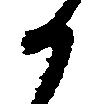
か